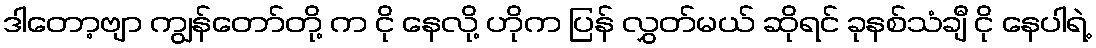
ဒါတော့ဗျာ ကျွန်တော်တို့ က ငို နေလို့ ဟိုက ပြန် လွှတ်မယ် ဆိုရင် ခုနစ်သံချီ ငို နေပါရဲ့